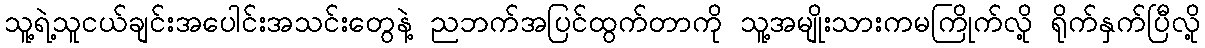
သူ့ရဲ့သူငယ်ချင်းအပေါင်းအသင်းတွေနဲ့ ညဘက်အပြင်ထွက်တာကို သူ့အမျိုးသားကမကြိုက်လို့ ရိုက်နှက်ပြီလို့